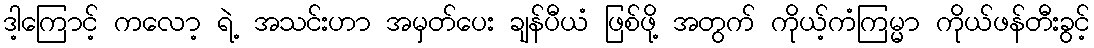
ဒါ့ကြောင့် ကလော့ ရဲ့ အသင်းဟာ အမှတ်ပေး ချန်ပီယံ ဖြစ်ဖို့ အတွက် ကိုယ့်ကံကြမ္မာ ကိုယ်ဖန်တီးခွင့်